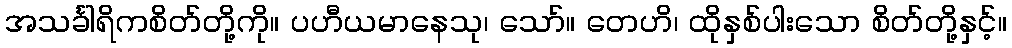
အသင်္ခါရိကစိတ်တို့ကို။ ပဟီယမာနေသု၊ သော်။ တေဟိ၊ ထိုနှစ်ပါးသော စိတ်တို့နှင့်။